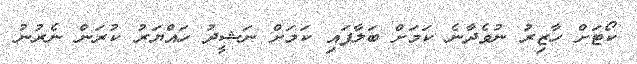
ކޯޓަށް ހާޒިރު ނުވެދާނެ ކަމަށް ބަލާފައި ކަމަށް ނަޝީދު ހައްޔަރު ކުރަން ނެރުނު